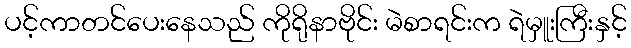
ပင့်ကာတင်ပေးနေသည် ကိုရိုနာဗိုင်း မဲစာရင်းက ရဲမှူးကြီးနှင့်